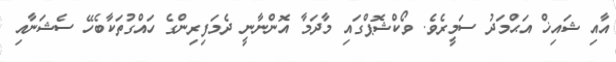
އާއި ޝައިޚް އަޙްމަދު ސަމީރެވެ. ވޯކްޝޮޕްގައި މާދަމާ އޮންނާނީ ދެމަފިރިންގެ ހައްގުތަކާބެހޭ ސެޝަނާއި